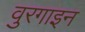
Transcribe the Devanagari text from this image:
वुरगाइन